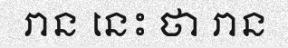
រាន នេះ ថា រាន